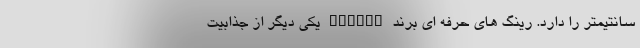
سانتیمتر را دارد. رینگ های حرفه ای برند Vossen یکی دیگر از جذابیت